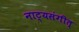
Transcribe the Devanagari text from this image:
नाट्यसंगीत्